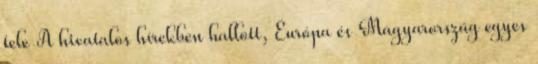
tele A hivatalos hírekben hallott, Európa és Magyarország egyes